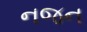
નજન